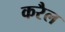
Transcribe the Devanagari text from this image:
करैल